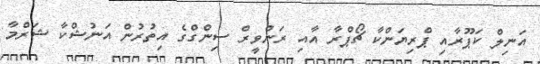
އަނިލް ކަޕޫރާއި ޕްރިޔަންކާ ޗޯޕްރާ އާއި ރަންވީރް ސިންގްގެ އިތުރުން އަނުޝްކާ ޝަރްމާ